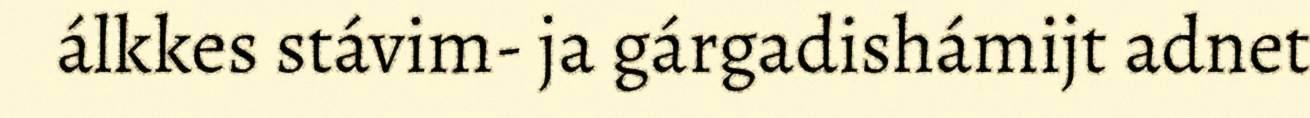
álkkes stávim- ja gárgadishámijt adnet